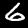
Digit: 6